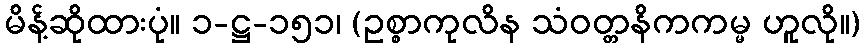
မိန့်ဆိုထားပုံ။ ၁-ဋ္ဌ-၁၅၁၊ (ဥစ္စာကုလိန သံဝတ္တနိကကမ္မ ဟူလို။)